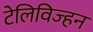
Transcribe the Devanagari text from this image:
टेलिविज्हन